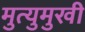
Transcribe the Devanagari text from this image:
मुत्युमुखी